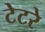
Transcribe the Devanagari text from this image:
टेटरे